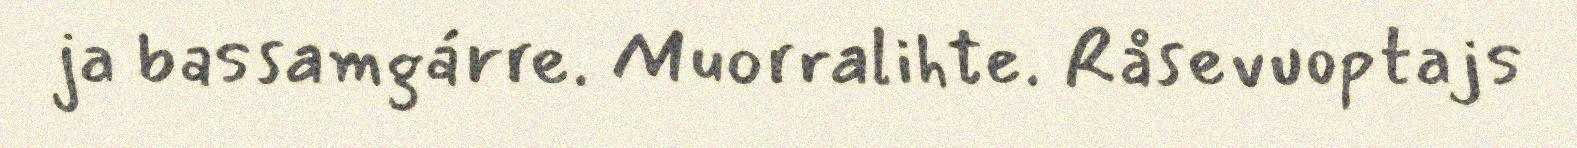
ja bassamgárre. Muorralihte. Råsevuoptajs